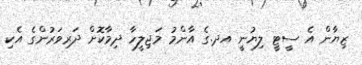
ޒިޔާން އެ ސީޓީ ލިޔުނީ އދ.ގެ އާންމު މަޖިލީހާ ދިމާކޮށް ދަރިވަރުންގެ އެކި